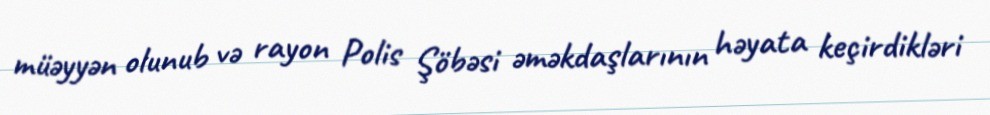
müəyyən olunub və rayon Polis Şöbəsi əməkdaşlarının həyata keçirdikləri